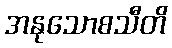
အနုသောစသီတိ